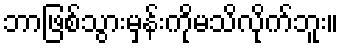
ဘာဖြစ်သွားမှန်းကိုမသိလိုက်ဘူး။